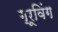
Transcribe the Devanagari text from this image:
ग्रूविंग